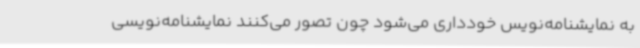
به نمایشنامه‌نویس خودداری می‌شود چون تصور می‌کنند نمایشنامه‌نویسی